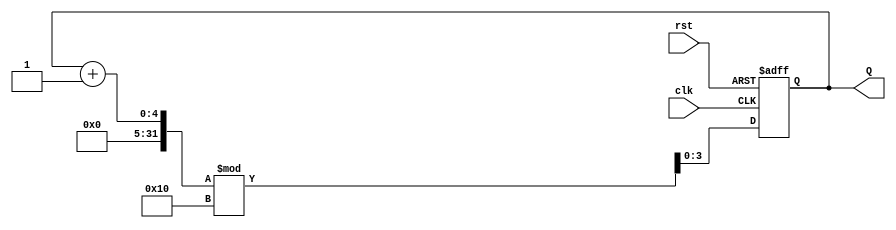
module binary_counter (
    input clk,        // Clock signal
    input rst,        // Asynchronous reset signal
    output reg [3:0] Q // 4-bit output representing counter value
);

// State transition logic
always @(posedge clk or posedge rst) begin
    if (rst) begin
        // On reset, set output to 0000
        Q <= 4'b0000;
    end else begin
        // Increment counter on clock edge, wrapping around after 1111 (15)
        Q <= (Q + 1) % 16; // Equivalent to (Q + 1) & 4'b1111
    end
end

endmodule